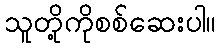
သူတို့ကိုစစ်ဆေးပါ။